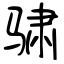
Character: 骕